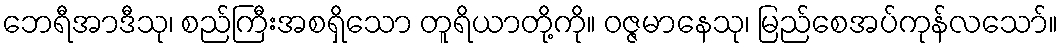
ဘေရီအာဒီသု၊ စည်ကြီးအစရှိသော တူရိယာတို့ကို။ ဝဇ္ဇမာနေသု၊ မြည်စေအပ်ကုန်လသော်။